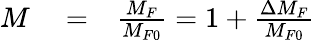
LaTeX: \begin{array}{rlr}{M}&{{}=}&{\frac{M_{F}}{M_{F0}}=1+\frac{\Delta M_{F}}{M_{F0}}}\end{array}